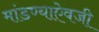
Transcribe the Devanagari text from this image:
मांडण्याऐवजी